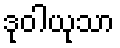
ဒုဝါယုသာ